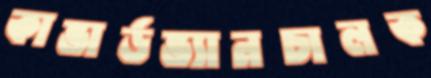
কাভার্ডভ্যানচালক